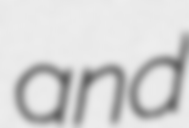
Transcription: and